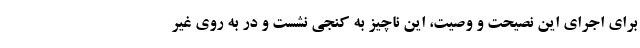
برای اجرای این نصیحت و وصیّت، این ناچیز به کنجی نشست و در به روی غیر